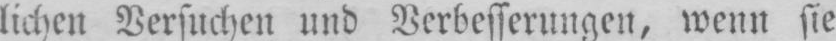
lichen Versuchen und Verbesserungen, wenn sie